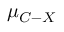
\ensuremath { \mu } _ { C - X }